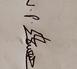
Signature authenticity: genuine